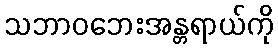
သဘာဝဘေးအန္တရာယ်ကို